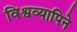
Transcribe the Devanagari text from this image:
विश्वव्यापिने